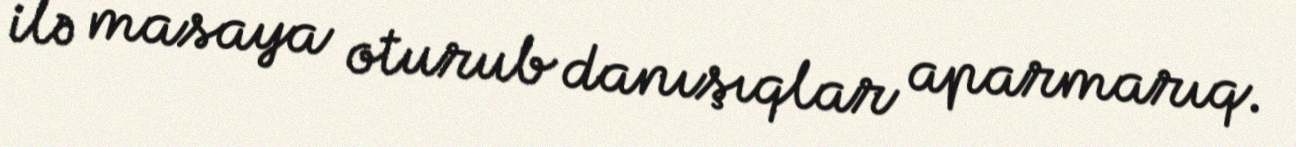
ilə masaya oturub danışıqlar aparmarıq.